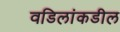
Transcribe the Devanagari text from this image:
वडिलांकडील